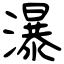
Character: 瀑